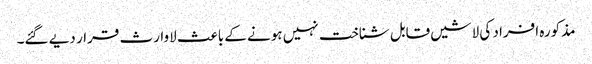
مذکورہ افراد کی لاشیں قابل شناخت نہیں ہونے کے باعث لاوارث قرار دیے گئے۔